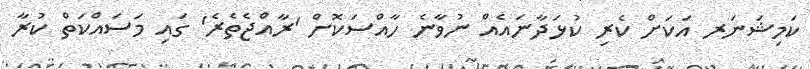
ކަމިޝަނަރ އަކަށް ކެރި ކުޅަދާނައެއް ނުވާނެ ހާއްސަކޮށް 'ރާއްޖެތެރެ' ގައި މަސައްކަތް ކުރާ